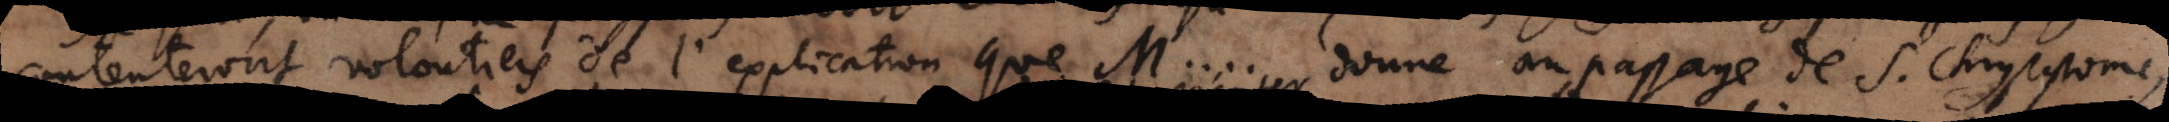
contenteront volontiers de l’explication que M.... donne au passage de S. Chrysostome,